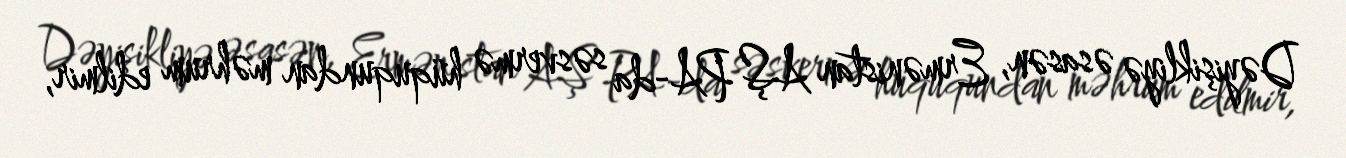
Dəyişikliyə əsasən, Ermənistan AŞ PA-da səsvermə hüququndan məhrum edilmir,